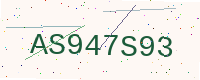
Text: AS947S93